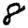
Digit: 8